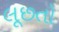
લૂછતો